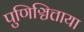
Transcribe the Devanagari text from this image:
पुणिञ्चित्ताया